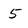
Character: 5